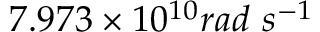
7 . 9 7 3 \times 1 0 ^ { 1 0 } r a d \ s ^ { - 1 }